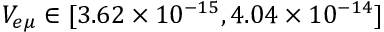
V _ { e \mu } \in [ 3 . 6 2 \times 1 0 ^ { - 1 5 } , 4 . 0 4 \times 1 0 ^ { - 1 4 } ]